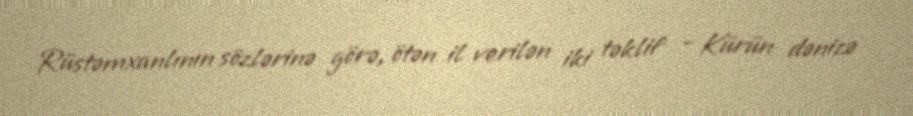
Rüstəmxanlının sözlərinə görə, ötən il verilən iki təklif - Kürün dənizə